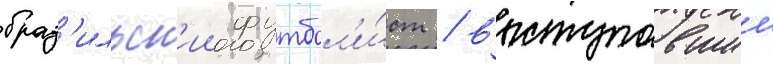
браз'ильск'ии футбол'и́ст / выступавшии